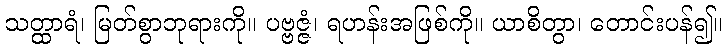
သတ္ထာရံ၊ မြတ်စွာဘုရားကို။ ပဗ္ဗဇ္ဇံ၊ ရဟန်းအဖြစ်ကို။ ယာစိတွာ၊ တောင်းပန်၍။